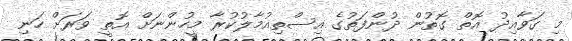
މި ގަވާއިދު އޮތް ގޮތުން ދުންފަތުގެ އިސްތިއުމާލުކުރާ މީހުންނަށް އޮތީ ވަރަށް ހަނި